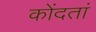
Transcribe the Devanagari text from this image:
कोंदतां